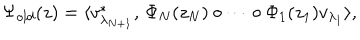
LaTeX: \Psi _ { o l d } ( z ) = \langle v _ { \lambda _ { N + 1 } } ^ { \ast } , \, \Phi _ { N } ( z _ { N } ) \circ \cdots \circ \Phi _ { 1 } ( z _ { 1 } ) v _ { \lambda _ { 1 } } \rangle ,